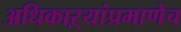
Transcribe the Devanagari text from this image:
अधिकाऱ्यांप्रमाणेच